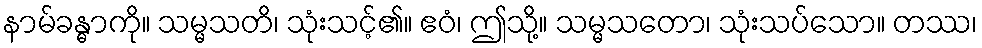
နာမ်ခန္ဓာကို။ သမ္မသတိ၊ သုံးသင့်၏။ ဧဝံ၊ ဤသို့။ သမ္မသတော၊ သုံးသပ်သော။ တဿ၊